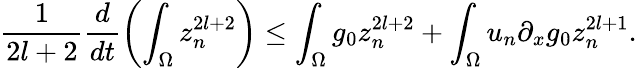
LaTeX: \frac{1}{2l+2}\frac{d}{dt}\left(\int_{\Omega}z_{n}^{2l+2}\right)\leq\int_{\Omega}g_{0}z_{n}^{2l+2}+\int_{\Omega}u_{n}\partial_{x}g_{0}z_{n}^{2l+1}.